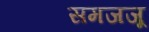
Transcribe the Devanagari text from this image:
समजजू